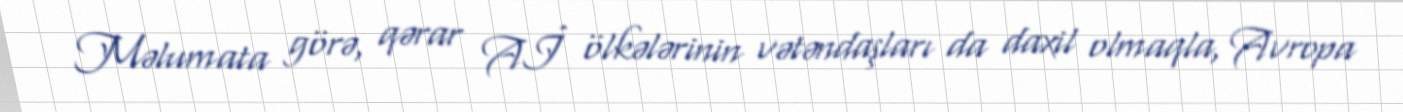
Məlumata görə, qərar Aİ ölkələrinin vətəndaşları da daxil olmaqla, Avropa